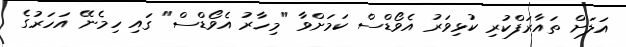
އަލަށް ތައާރަފްކުރި ކުޅިވަރު އެވޯޑްސް ކަމަށްވާ "މިހާރު އެވޯޑްސް" ގައި ހިމެނޭ އަހަރުގެ